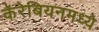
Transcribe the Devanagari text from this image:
कॅरेबियनमध्ये